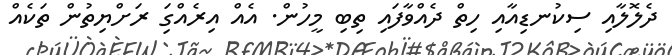
ދެލޮލާއި ސިކުނޑިއާއި ހިތް ދެއްވާފައި ތިބި މީހުން. އެއް އިރެއްގަި ރަށްޔިތުން ތަކެއް